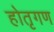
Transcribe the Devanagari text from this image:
होतृगण